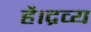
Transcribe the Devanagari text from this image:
है।द्रव्य